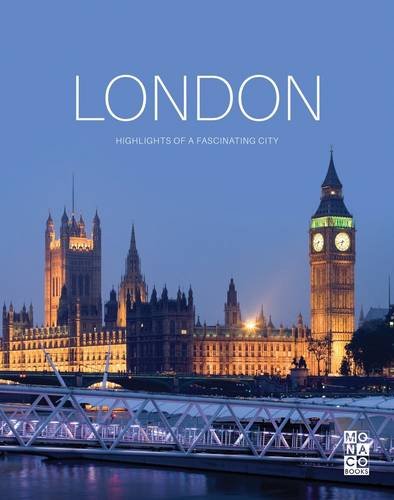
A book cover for The London Book: Highlights of a Fascinating City; Monaco Books; Travel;